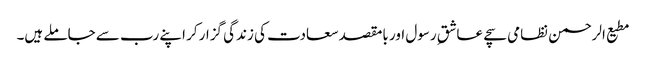
مطیع الرحمن نظامی سچے عاشقِ رسول اور بامقصد سعادت کی زندگی گزار کر اپنے رب سے جاملے ہیں۔